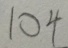
1 0 4